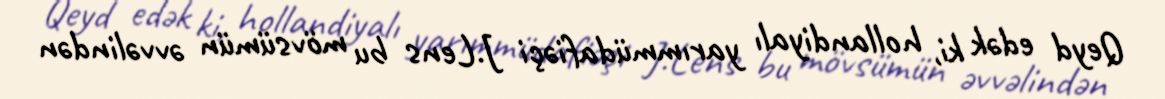
Qeyd edək ki, hollandiyalı yarımmüdafiəçi J.Lens bu mövsümün əvvəlindən